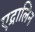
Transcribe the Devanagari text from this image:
एद्रालिन